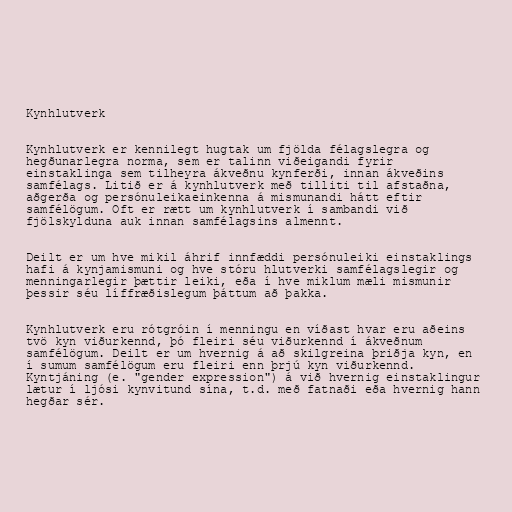
Kynhlutverk

Kynhlutverk er kennilegt hugtak um fjölda félagslegra og
hegðunarlegra norma, sem er talinn viðeigandi fyrir
einstaklinga sem tilheyra ákveðnu kynferði, innan ákveðins
samfélags. Litið er á kynhlutverk með tilliti til afstaðna,
aðgerða og persónuleikaeinkenna á mismunandi hátt eftir
samfélögum. Oft er rætt um kynhlutverk í sambandi við
fjölskylduna auk innan samfélagsins almennt.

Deilt er um hve mikil áhrif innfæddi persónuleiki einstaklings
hafi á kynjamismuni og hve stóru hlutverki samfélagslegir og
menningarlegir þættir leiki, eða í hve miklum mæli mismunir
þessir séu líffræðislegum þáttum að þakka.

Kynhlutverk eru rótgróin í menningu en víðast hvar eru aðeins
tvö kyn viðurkennd, þó fleiri séu viðurkennd í ákveðnum
samfélögum. Deilt er um hvernig á að skilgreina þriðja kyn, en
í sumum samfélögum eru fleiri enn þrjú kyn viðurkennd.
Kyntjáning (e. "gender expression") á við hvernig einstaklingur
lætur í ljósi kynvitund sína, t.d. með fatnaði eða hvernig hann
hegðar sér.